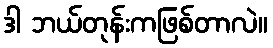
ဒါ ဘယ်တုန်းကဖြစ်တာလဲ။